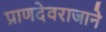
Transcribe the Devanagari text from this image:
प्राणदेवराजाने